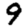
Digit: 9